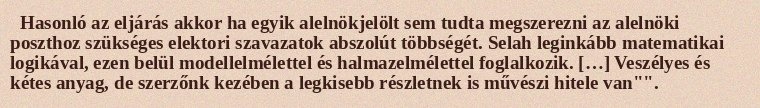
Hasonló az eljárás akkor ha egyik alelnökjelölt sem tudta megszerezni az alelnöki poszthoz szükséges elektori szavazatok abszolút többségét. Selah leginkább matematikai logikával, ezen belül modellelmélettel és halmazelmélettel foglalkozik. […] Veszélyes és kétes anyag, de szerzőnk kezében a legkisebb részletnek is művészi hitele van"".